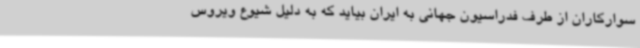
سوارکاران از طرف فدراسیون جهانی به ایران بیاید که به دلیل شیوع ویروس